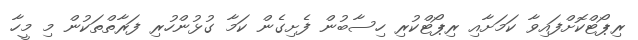
ރިޕޯޓްކޮށްފައިވާ ކަމަށާއި ރިޕޯޓްކުރި ހިސާބުން ފެށިގެން ކަމާ ގުޅުންހުރި ފަރާތްތަކުން މި މީހާ